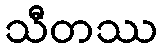
သီတဿ